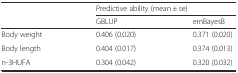
<table><thead><tr><td></td><td colspan="2"><b>Predictive ability (mean ± se)</b></td></tr><tr><td></td><td><b>GBLUP</b></td><td><b>emBayesB</b></td></tr></thead><tbody><tr><td>Body weight</td><td>0.406 (0.020)</td><td>0.371 (0.020)</td></tr><tr><td>Body length</td><td>0.404 (0.017)</td><td>0.374 (0.013)</td></tr><tr><td>n-3HUFA</td><td>0.304 (0.042)</td><td>0.320 (0.032)</td></tr></tbody></table>